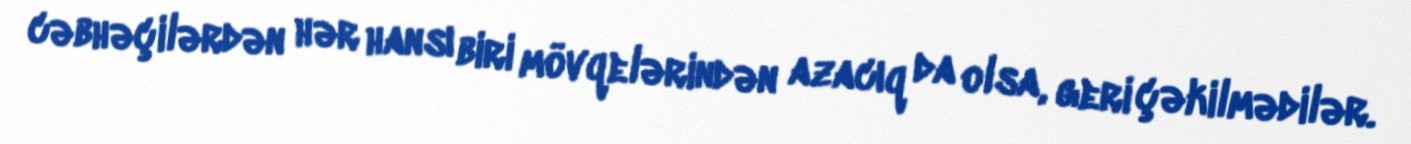
cəbhəçilərdən hər hansı biri mövqelərindən azacıq da olsa, geri çəkilmədilər.